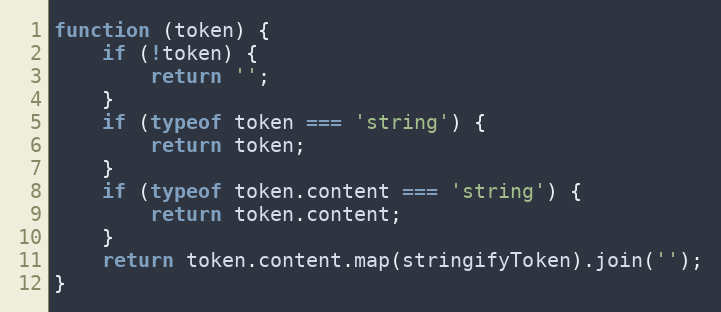
Language: JavaScript
function (token) {
	if (!token) {
		return '';
	}
	if (typeof token === 'string') {
		return token;
	}
	if (typeof token.content === 'string') {
		return token.content;
	}
	return token.content.map(stringifyToken).join('');
}